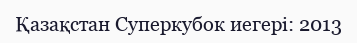
Қазақстан Суперкубок иегері: 2013